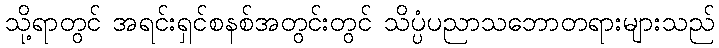
သို့ရာတွင် အရင်းရှင်စနစ်အတွင်းတွင် သိပ္ပံပညာသဘောတရားများသည်